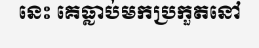
នេះ គេធ្លាប់មកប្រកួតនៅ